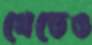
খেতেও